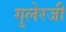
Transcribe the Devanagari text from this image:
गुलेरजी